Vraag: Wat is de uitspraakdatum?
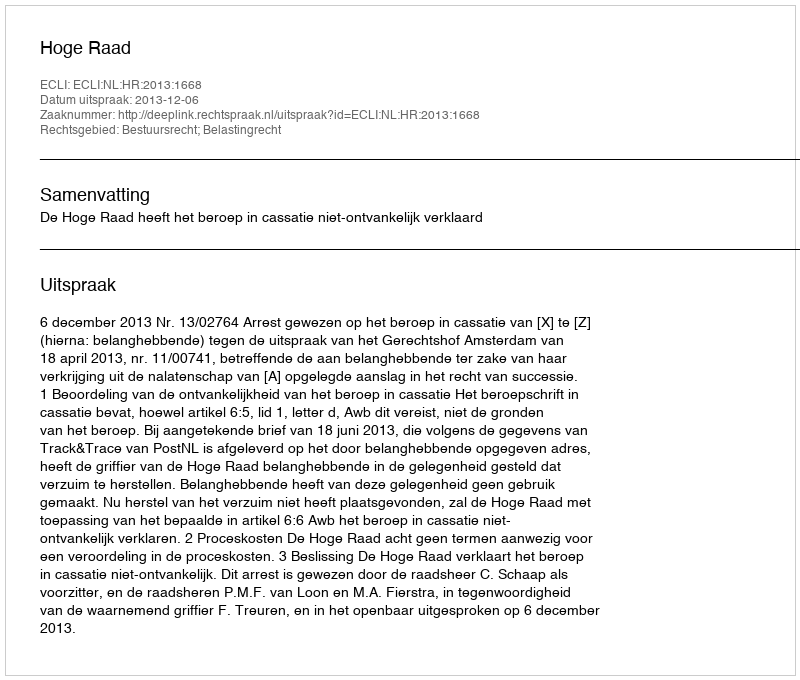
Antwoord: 2013-12-06